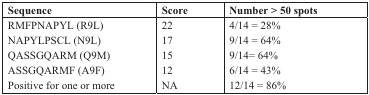
<table><thead><tr><td><b>Sequence</b></td><td><b>Score</b></td><td><b>Number &gt; 50 spots</b></td></tr></thead><tbody><tr><td>RMFPNAPYL (R9L)</td><td>22</td><td>4/14 = 28%</td></tr><tr><td>NAPYLPSCL (N9L)</td><td>17</td><td>9/14 = 64%</td></tr><tr><td>QASSGQARM (Q9M)</td><td>15</td><td>9/14= 64%</td></tr><tr><td>ASSGQARMF (A9F)</td><td>12</td><td>6/14 = 43%</td></tr><tr><td>Positive for one or more</td><td>NA</td><td>12/14 = 86%</td></tr></tbody></table>